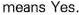
means Yes.